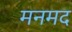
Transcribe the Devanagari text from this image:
मनमद